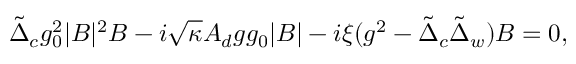
{ \tilde { \Delta } _ { c } } g _ { 0 } ^ { 2 } | B | ^ { 2 } B - i \sqrt { \kappa } A _ { d } g g _ { 0 } | B | - i \xi ( g ^ { 2 } - \tilde { \Delta } _ { c } \tilde { \Delta } _ { w } ) B = 0 ,